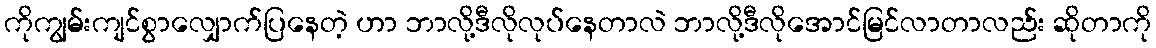
ကိုကျွမ်းကျင်စွာလျှောက်ပြနေတဲ့ ဟာ ဘာလို့ဒီလိုလုပ်နေတာလဲ ဘာလို့ဒီလိုအောင်မြင်လာတာလည်း ဆိုတာကို